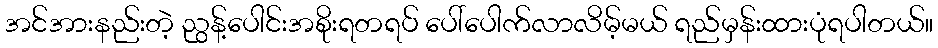
အင်အားနည်းတဲ့ ညွန့်ပေါင်းအစိုးရတရပ် ပေါ်ပေါက်လာလိမ့်မယ် ရည်မှန်းထားပုံရပါတယ်။